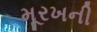
મૂરખની